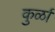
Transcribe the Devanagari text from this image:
कुर्ळा